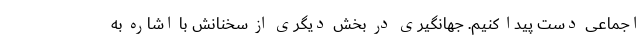
اجماعی دست پیدا کنیم. جهانگیری در بخش دیگری از سخنانش با اشاره به